Leprosy in India: report of the Leprosy Commission in India, 1890-91
Year: 1890
Disease focus: Leprosy
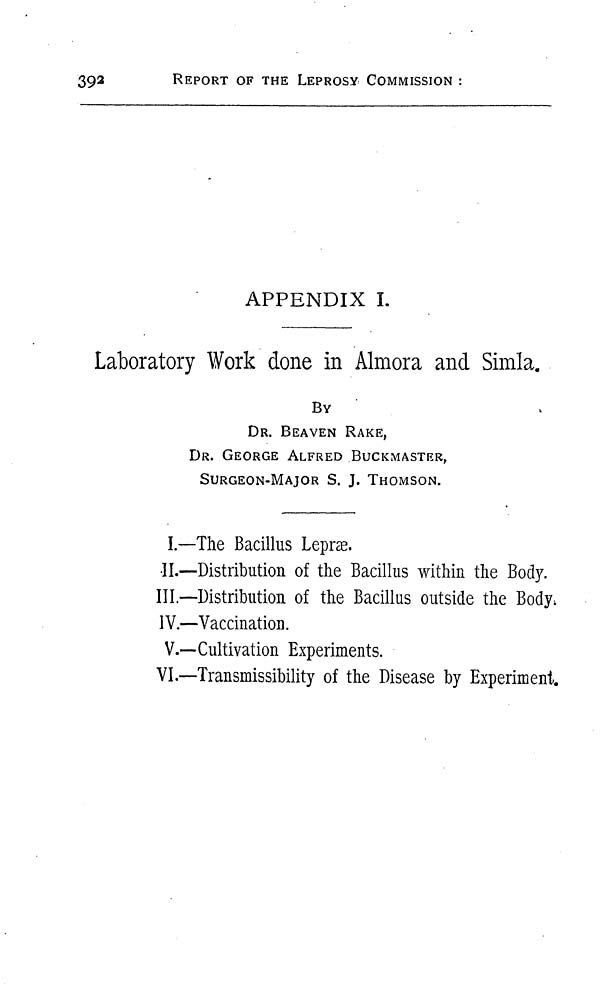
392
REPORT OF THE LEPROSY COMMISSION :
APPENDIX I.
Laboratory Work done in Almora and Simla.
BY
DR. BEAVEN RAKE,
DR. GEORGE ALFRED BUCKMASTER,
SURGEON-MAJOR S. J. THOMSON.
I.—The Bacillus Lepræ.
II.—Distribution of the Bacillus within the Body.
III.—Distribution of the Bacillus outside the Body.
IV.—Vaccination.
V.—Cultivation Experiments.
VI.—Transmissibility of the Disease by Experiment.